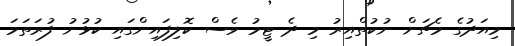
މިއަދުގެ މެޗަށް ނުކުތްއިރު މި ދެ ޓީމު ވެސް ކޮލިފައިންގައި ކުޅުނު ފުރަތަމަ